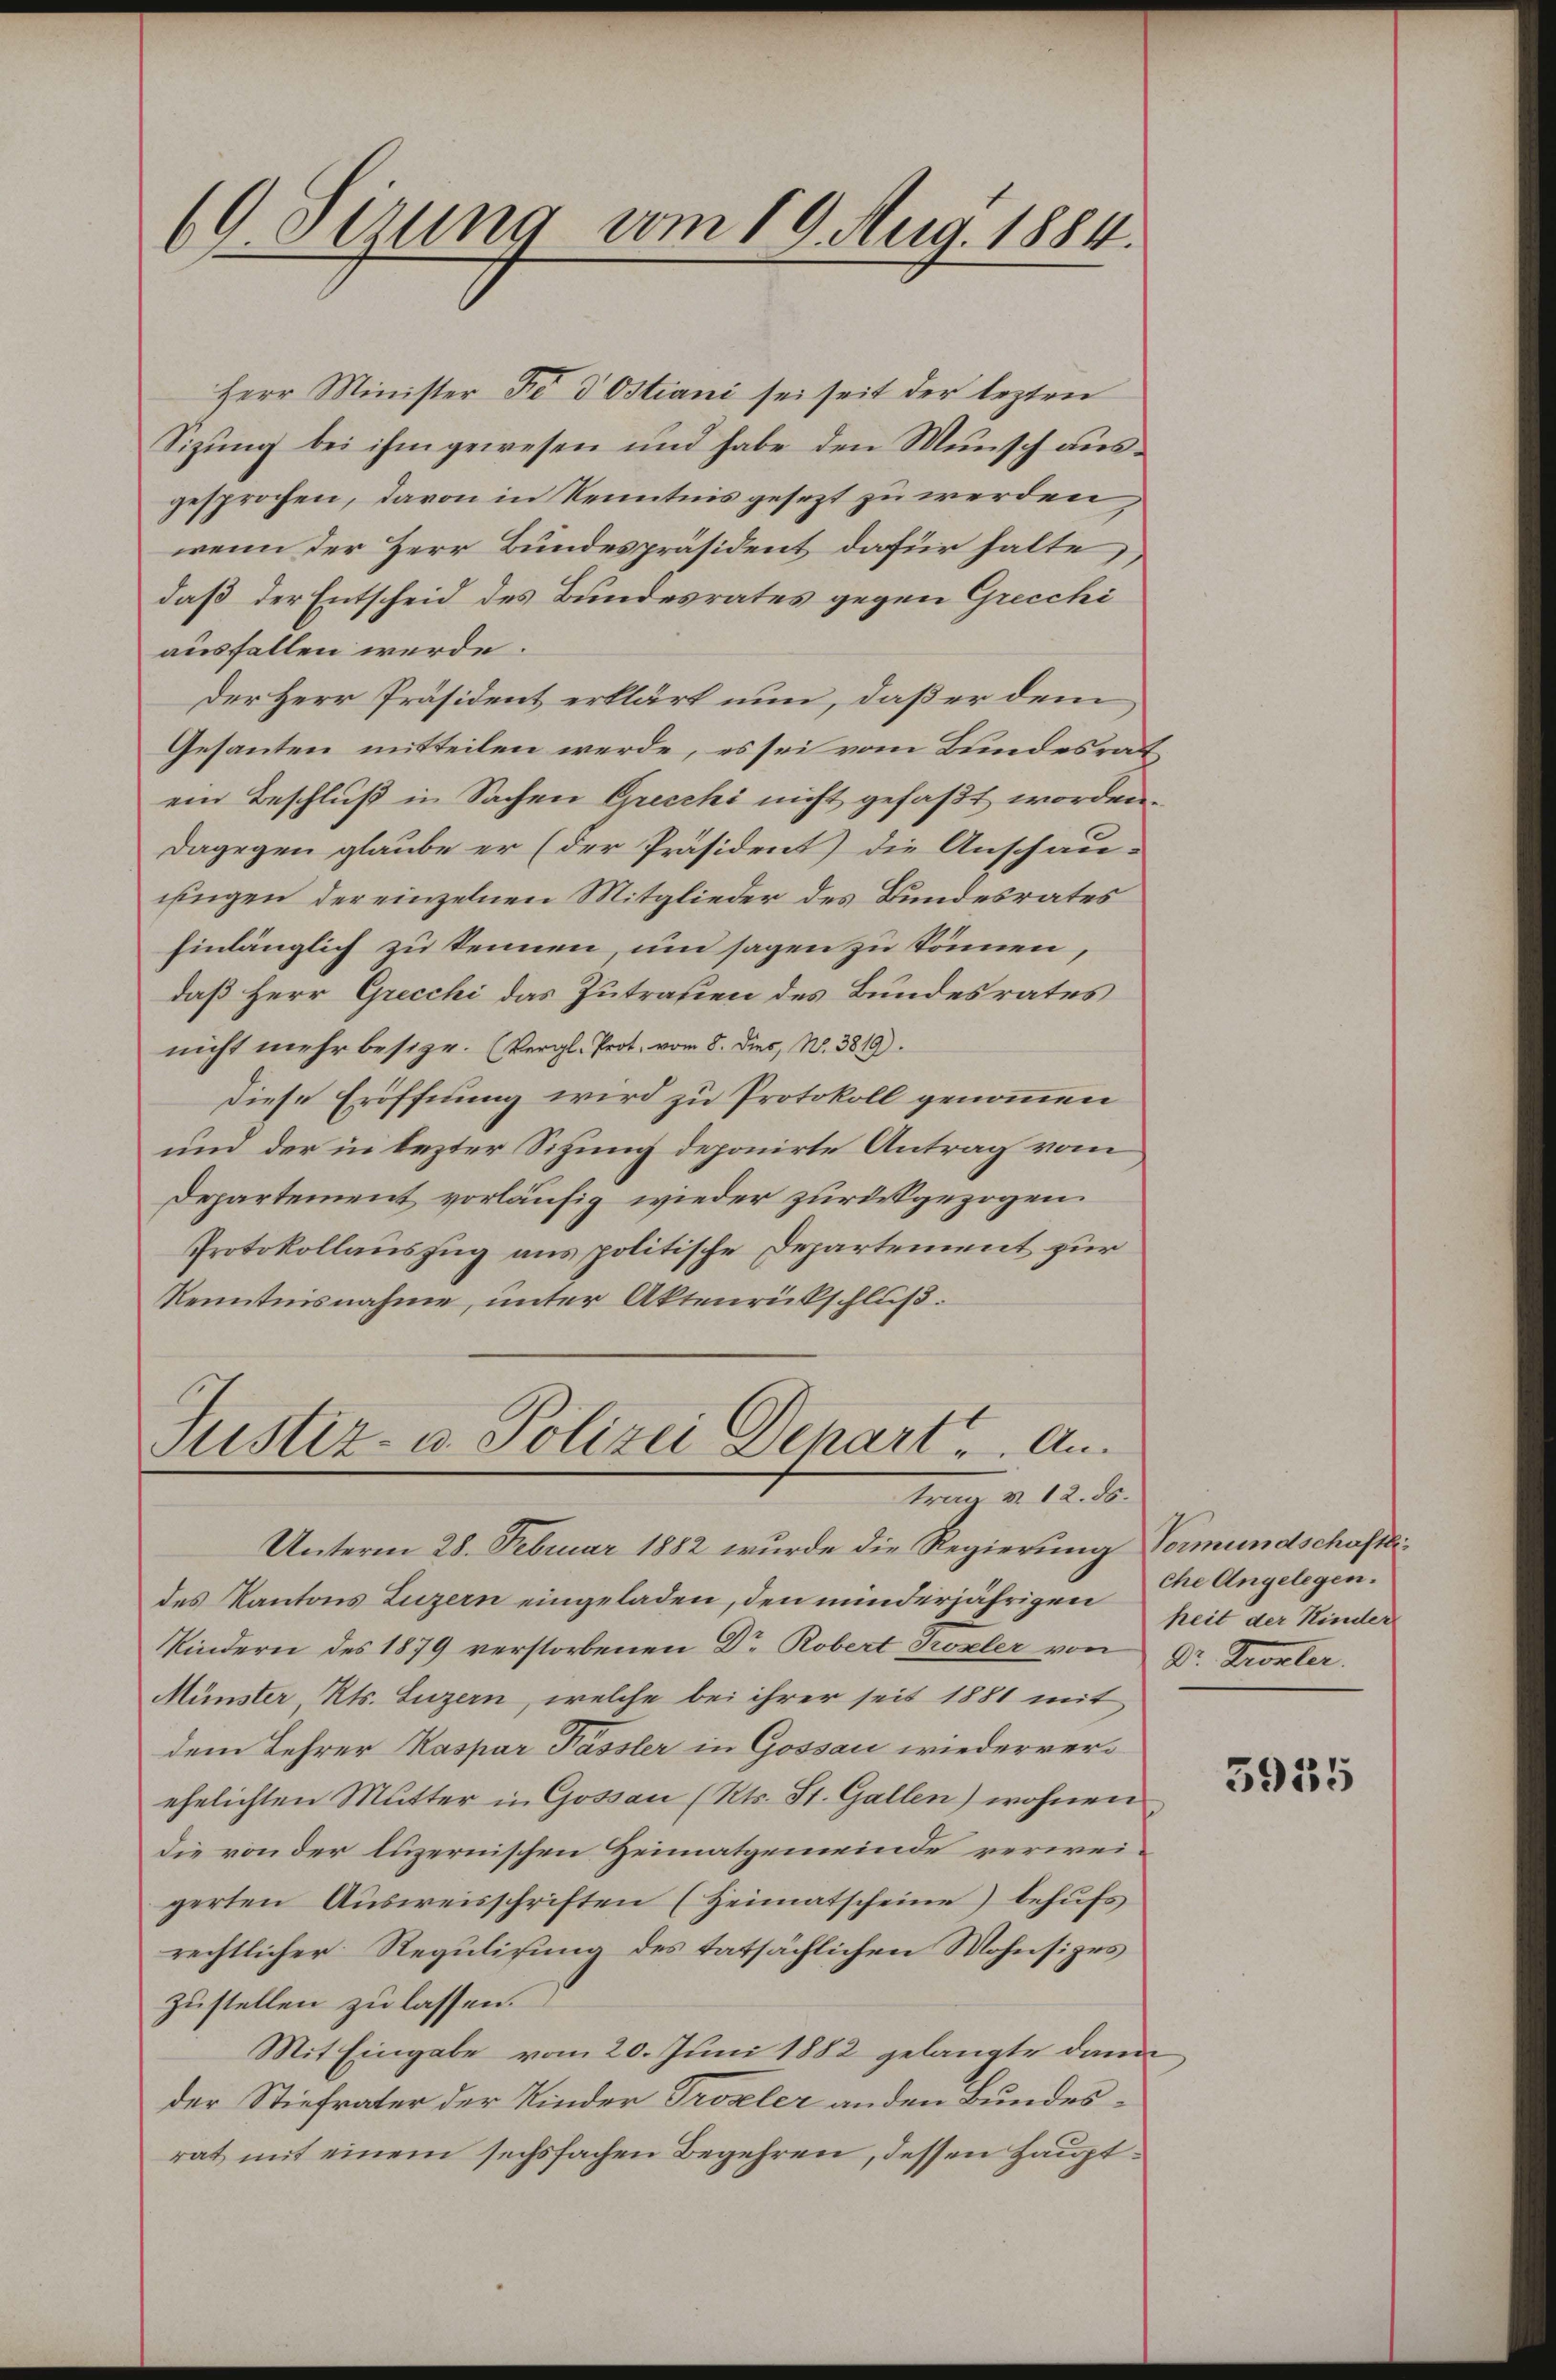
69. Sizung vom 19. Aug. 1884.

Herr Minister de d Ostiani sei seit der lezten
Sizung bei ihm gewesen und habe den Wunsch ausgesprochen, davon in Kenntnis gesezt zu werden,
wenn der Herr Bundespräsident dafür halte
daß der Entscheid des Bundesrates gegen Grecchi
ausfallen werde.
Der Herr Präsident erklärt nun, daß er dem
Gesanten mitteilen werde, es sei vom Bundesrat
ein Beschluß in Sachen Grecchi nicht gefaßt worden.
dagegen glaube er (der Präsident) die Anschau-
uingen der einzelnen Mitglieder des Bundesrates
hinlänglich zu kennen, um sagen zu können,
daß Herr Grecchi das Zutrauen des Bundesrates
nicht mehr besize. (Vergl. Prot. vom 8. dies, N. 3819).
Diese Eröffnung wird zu Protokoll genommen
und der in lezter Sitzung deponirte Antrag vom
Departement vorläufig wieder zurückgezogen.
Protokollauszug aus politische Departement zur
Kenntnisnahme, unter Aktenrückschluß.

Justiz- u. Polizei Depart u. An
trag v. 12. ds.
Unterm 28. Februar 1882 wurde die Regierung Vormundschaftli¬

des Kantons Luzern eingeladen, den minderjährigen
Kindern des 1879 verstorbenen Dr Robert Kozler von Dr. Kronler.
Münster, Kts. Luzern, welche bei ihrer seit 1881 mit
dem Lehrer Kaspar Passler in Gossau wiederverehelichten Mutter in Gossau (Kts. St. Gallen) wohnen
die von der luzernischen Heimatgemeinde verwei-
gerten Ausweisschriften (Heimatscheine behufs
rechtlicher Regulisung des tatsächlichen Mohnsizes
zustellen zu lassen.
Mit Eingabe vom 20. Juni 1882 gelangte dann
der Stiefvater der Kinder Trozler anden Bundesrat mit einem sechsfachen Begehren, dessen Haupt¬

che Angelegen.
heit der Kinder

5955